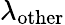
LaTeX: \lambda_{\mathrm{other}}